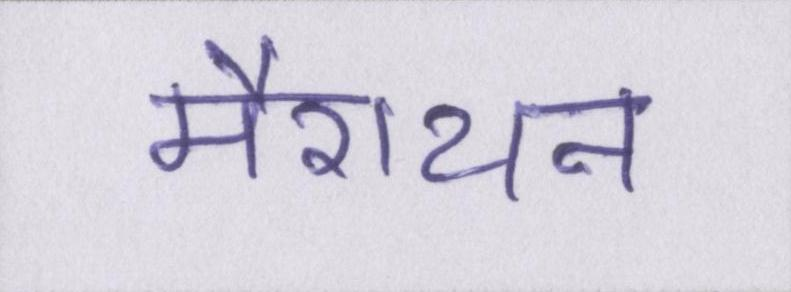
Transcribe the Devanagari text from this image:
मैराथन